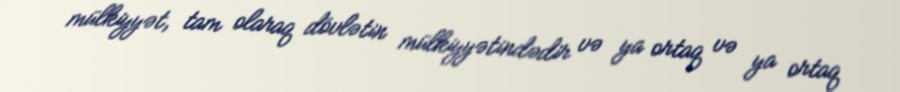
mülkiyyət, tam olaraq dövlətin mülkiyyətindədir və ya ortaq və ya ortaq